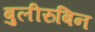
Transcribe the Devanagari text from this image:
बुलीरुबिन